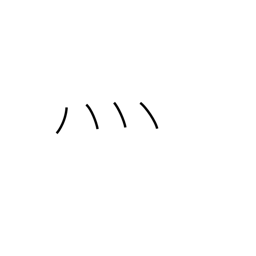
Meaning: fire radical (no. 86)